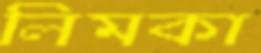
লিমকা